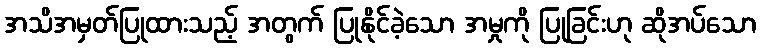
အသိအမှတ်ပြုထားသည့် အတွက် ပြုနိုင်ခဲ့သော အမှုကို ပြုခြင်းဟု ဆိုအပ်သော